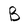
Character: B